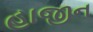
હાજીન